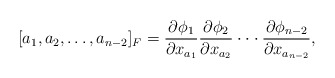
\begin{align*}[a_1,a_2,\ldots,a_{n-2}]_{F }=\frac{\partial \phi_{1}}{\partial x_{a_1}} \frac{\partial \phi_{2}}{\partial x_{a_2}} \cdot \cdot \cdot \frac{\partial \phi_{n-2}}{\partial x_{a_{n-2}}},\end{align*}